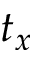
t _ { x }